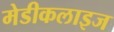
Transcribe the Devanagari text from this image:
मेडीकलाइज